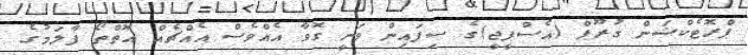
ޕްރޮޓެކްޝަން ގުރޫޕް (އެސްޕީޖީ)ގެ ސިފައިން ވަނީ ގޮވާ އެއްވެސް އެއްޗެއް އޮތްތޯ ފާލަމުގެ